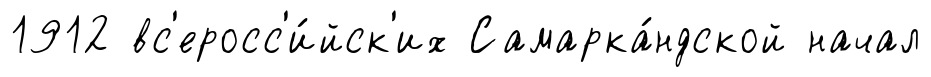
1912 вс'еросс'и́йск'их Самарка́ндской начал